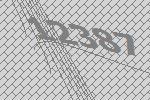
12387